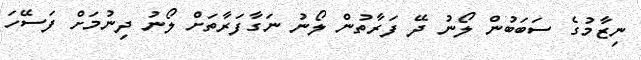
ނިޒާމުގެ ސަބަބުން ލޯނު ދޭ ފަރާތުން ލޯނު ނަގާފަރާތަށް ލޯނު ދިނުމަށް ފަސޭހަ